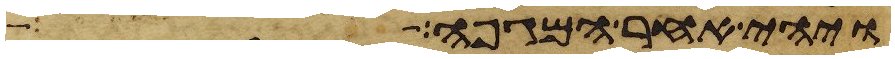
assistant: ויהי אחר המגפה